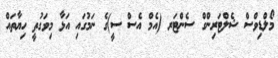
މޯލްޑިވްސް ޝެލްޓަރިންގް ސެންޓަރ (އެމް އެސް ސީ)ގެ ނަމުގައި އަޅާ މިވަގުތީ ހިޔާތައް